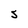
Character: S